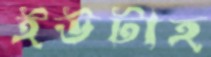
ইউটাহ